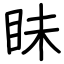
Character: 眛